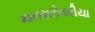
માનસરોવરીયા